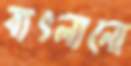
বাৎলানো